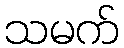
သမက်